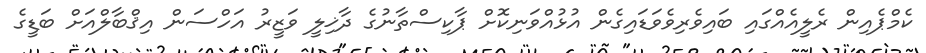
ކެމްޕެއިން ރެލީއެއްގައި ބައިވެރިވެވަޑައިގެން އުޅުއްވަނިކޮށް ޕާކިސްތާނުގެ ދާޚިލީ ވަޒީރު އަހްސަން އިޤްބާލްއަށް ބަޑީގެ